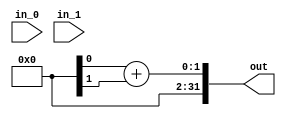
module adder (
    input wire [31:0] in_0,
    input wire [31:0] in_1,
    output wire [31:0] out
);

    assign out = int_0 + int_1;

endmodule